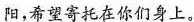
阳，希望寄托在你们身上。